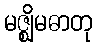
မဇ္ဈိမဓာတု